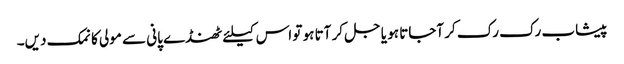
پیشاب رک رک کر آجاتا ہو یا جل کر آتا ہو تو اس کیلئے ٹھنڈے پانی سے مولی کا نمک دیں۔